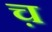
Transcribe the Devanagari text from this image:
च़